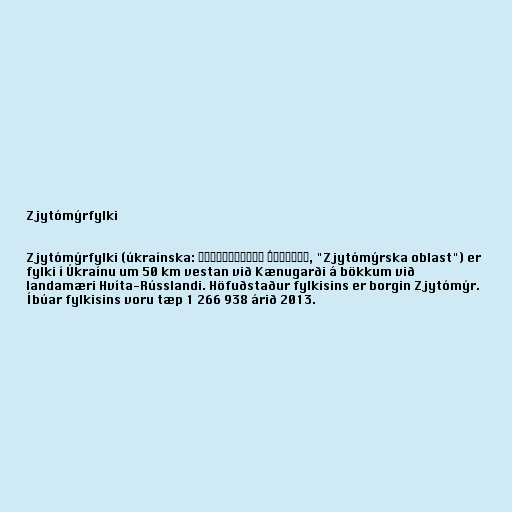
Zjytómýrfylki

Zjytómýrfylki (úkraínska: Житомирська о́бласть, "Zjytómýrska oblast") er
fylki í Úkraínu um 50 km vestan við Kænugarði á bökkum við
landamæri Hvíta-Rússlandi. Höfuðstaður fylkisins er borgin Zjytómýr.
Íbúar fylkisins voru tæp 1 266 938 árið 2013.